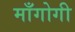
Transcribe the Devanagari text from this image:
माँगोगी